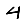
Digit: 4